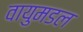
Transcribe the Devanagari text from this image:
वायुमडल